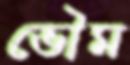
ভৌম